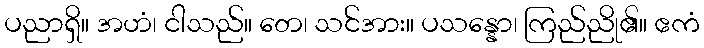
ပညာရှိ။ အဟံ၊ ငါသည်။ တေ၊ သင်အား။ ပသန္နော၊ ကြည်ညို၏။ ဧကံ